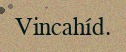
Vincahíd.